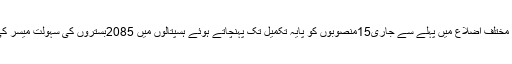
صوبے کے بنیادی مراکز صحت سے لے کرایم ٹی آئی ہسپتالوں تک 13ارب روپے کے آلات خریدے گئے،صوبے کے مختلف اضلاع میں پہلے سے جاری15منصوبوں کو پایہ تکمیل تک پہنچاتے ہوئے ہسپتالوں میں 2085بستروں کی سہولت میسر کی گئی جبکہ مزید 15منصوبے تکمیل کے مراحل میں ہیں جس سے مزید 2626بستروں کی سہولت دستیاب ہوسکے گی۔